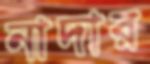
নাদার